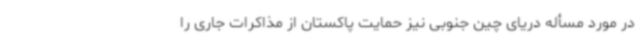
در مورد مسأله دریای چین جنوبی نیز حمایت پاکستان از مذاکرات جاری را